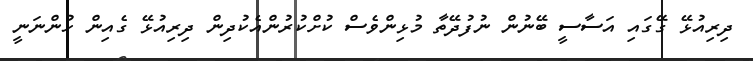
ދިރިއުޅޭ ގޭގައި އަސާސީ ބޭނުން ނުފުދޭތާ މުޅިންވެސް ކުށްކުރުންއެކުދިން ދިރިއުޅޭ ގެއިން ހުންނަނީ